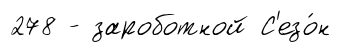
278 - зароботной С'езо́н